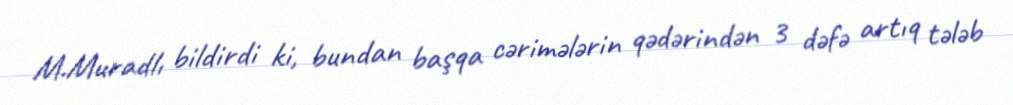
M.Muradlı bildirdi ki, bundan başqa cərimələrin qədərindən 3 dəfə artıq tələb